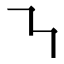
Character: ㇎